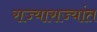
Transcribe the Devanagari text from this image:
राज्याराज्यांत